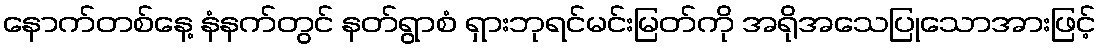
နောက်တစ်နေ့ နံနက်တွင် နတ်ရွာစံ ရှားဘုရင်မင်းမြတ်ကို အရိုအသေပြုသောအားဖြင့်